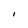
Character: I